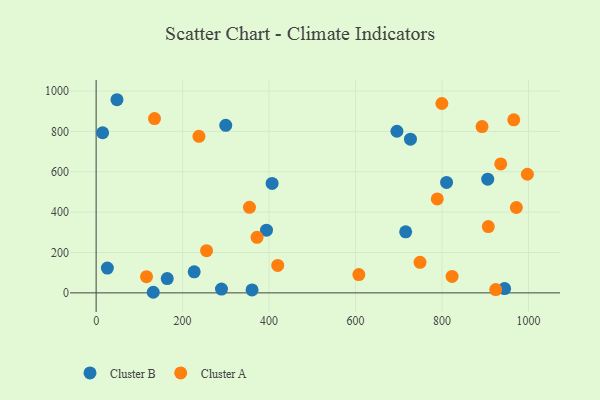
{"axis": {"x": "Experience", "y": "Sales"}, "legend": ["Cluster A", "Cluster B"], "data": [{"x": "407.0", "y": 542.4, "type": "Cluster B"}, {"x": "715.9", "y": 302.2, "type": "Cluster B"}, {"x": "360.6", "y": 14.7, "type": "Cluster B"}, {"x": "810.5", "y": 547.1, "type": "Cluster B"}, {"x": "15.0", "y": 793.3, "type": "Cluster B"}, {"x": "289.9", "y": 18.7, "type": "Cluster B"}, {"x": "944.7", "y": 21.1, "type": "Cluster B"}, {"x": "394.0", "y": 310.5, "type": "Cluster B"}, {"x": "727.0", "y": 761.3, "type": "Cluster B"}, {"x": "48.2", "y": 956.9, "type": "Cluster B"}, {"x": "299.8", "y": 830.3, "type": "Cluster B"}, {"x": "695.7", "y": 800.8, "type": "Cluster B"}, {"x": "132.1", "y": 2.9, "type": "Cluster B"}, {"x": "905.7", "y": 563.3, "type": "Cluster B"}, {"x": "226.8", "y": 104.0, "type": "Cluster B"}, {"x": "26.0", "y": 123.0, "type": "Cluster B"}, {"x": "164.4", "y": 70.9, "type": "Cluster B"}, {"x": "607.6", "y": 90.7, "type": "Cluster A"}, {"x": "799.6", "y": 938.2, "type": "Cluster A"}, {"x": "789.0", "y": 465.2, "type": "Cluster A"}, {"x": "971.9", "y": 422.8, "type": "Cluster A"}, {"x": "965.9", "y": 857.5, "type": "Cluster A"}, {"x": "907.0", "y": 328.2, "type": "Cluster A"}, {"x": "116.5", "y": 80.0, "type": "Cluster A"}, {"x": "420.0", "y": 135.7, "type": "Cluster A"}, {"x": "372.1", "y": 275.1, "type": "Cluster A"}, {"x": "749.1", "y": 151.1, "type": "Cluster A"}, {"x": "237.8", "y": 775.8, "type": "Cluster A"}, {"x": "354.6", "y": 423.7, "type": "Cluster A"}, {"x": "823.2", "y": 81.5, "type": "Cluster A"}, {"x": "997.4", "y": 587.6, "type": "Cluster A"}, {"x": "892.5", "y": 823.8, "type": "Cluster A"}, {"x": "935.8", "y": 638.8, "type": "Cluster A"}, {"x": "255.4", "y": 209.0, "type": "Cluster A"}, {"x": "135.0", "y": 863.7, "type": "Cluster A"}, {"x": "924.2", "y": 16.3, "type": "Cluster A"}]}